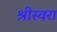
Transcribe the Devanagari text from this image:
श्रीस्वरा